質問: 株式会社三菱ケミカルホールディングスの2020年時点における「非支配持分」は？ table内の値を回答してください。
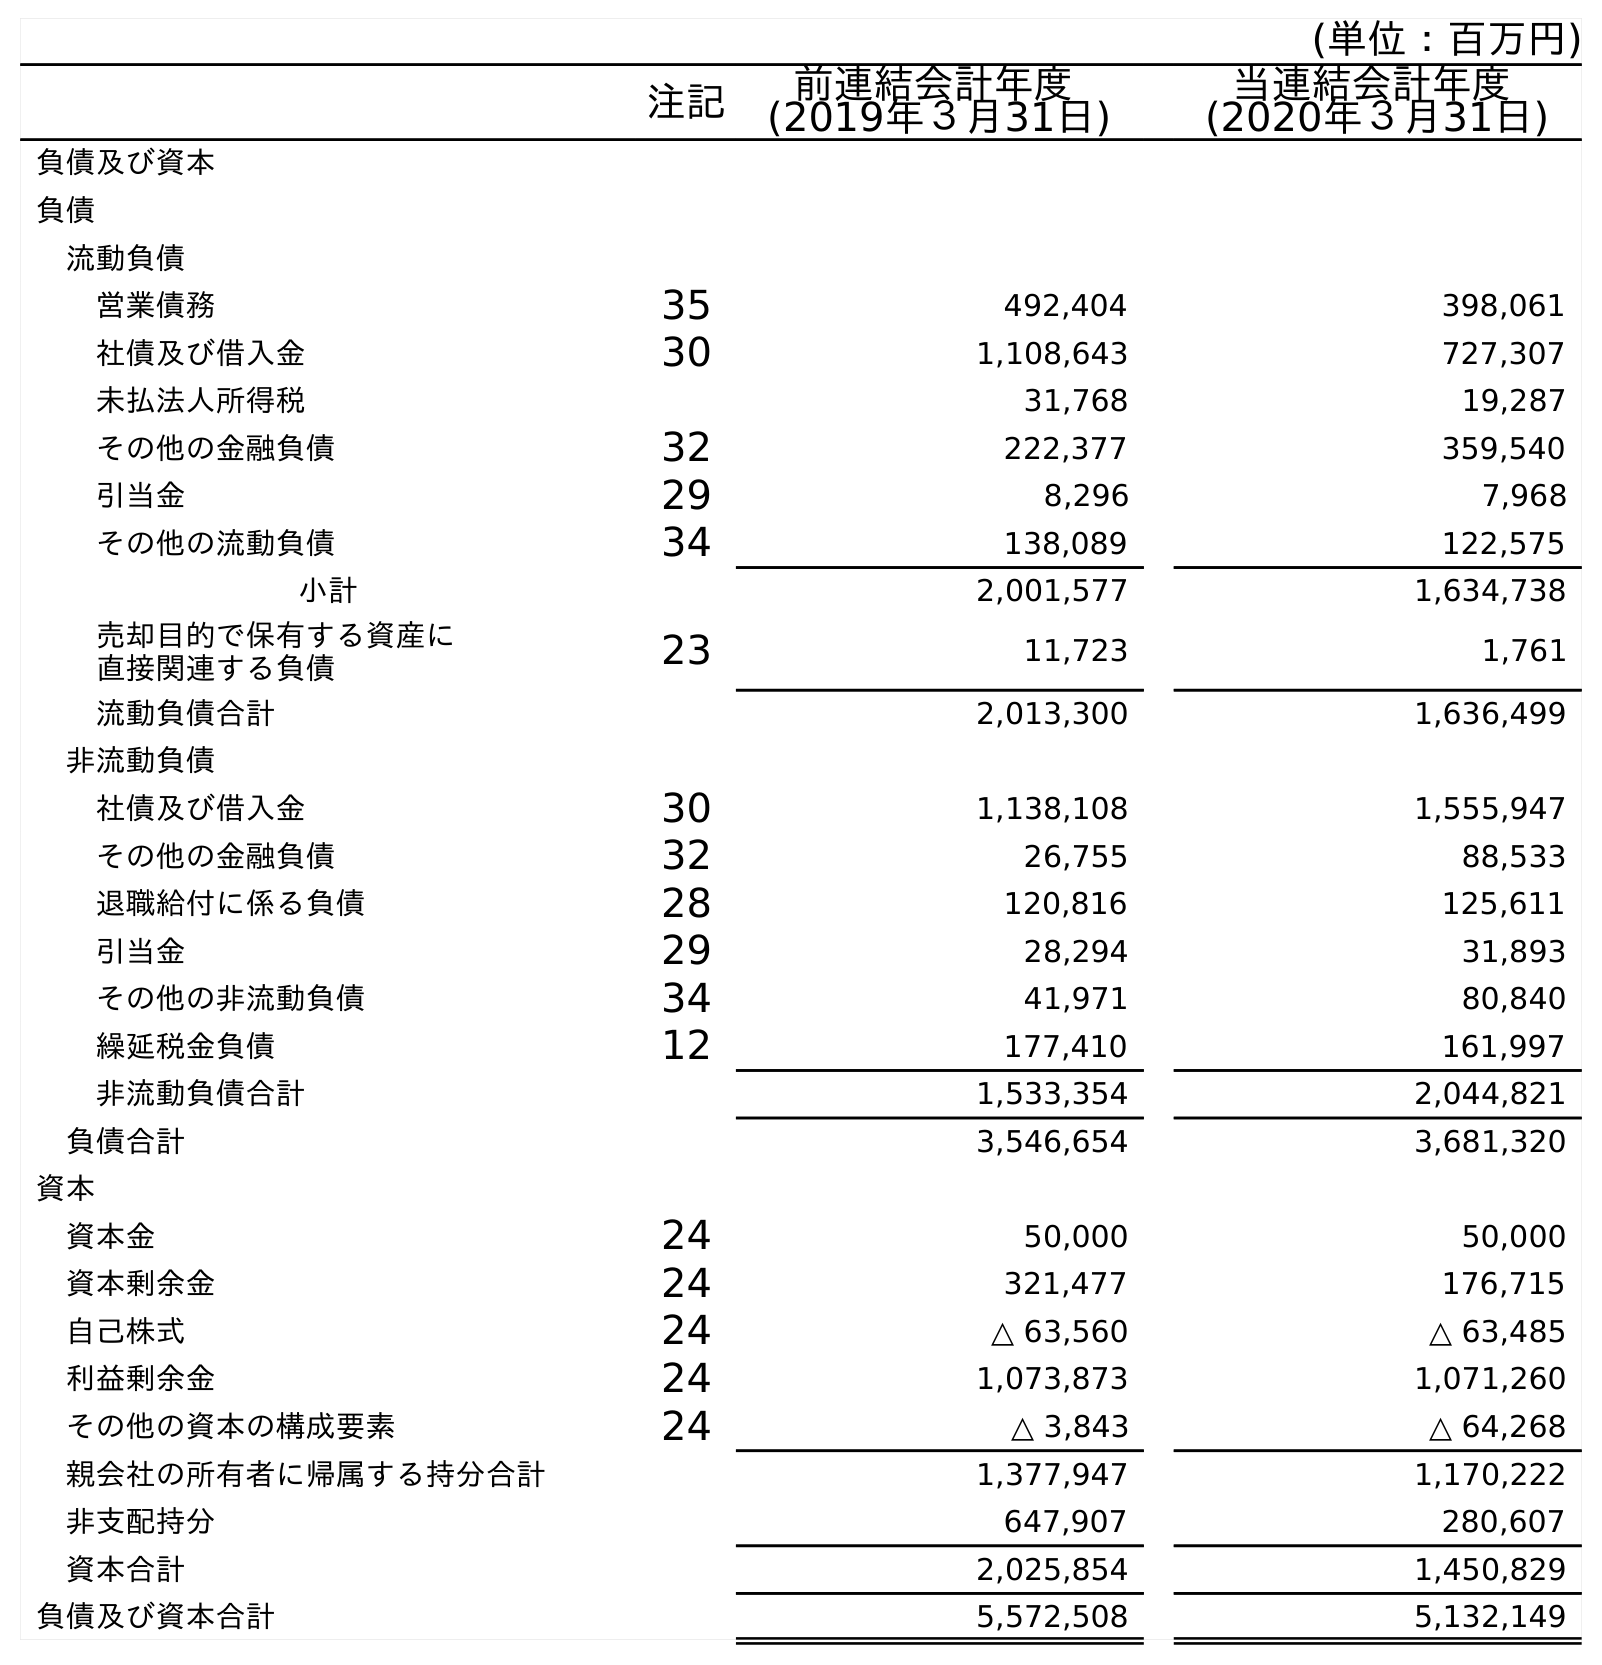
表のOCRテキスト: (単位：百万円) 注記 前連結会計年度 (2019年３月31日) 当連結会計年度 (2020年３月31日) 負債及び資本 負債 流動負債 営業債務 35 492,404 398,061 社債及び借入金 30 1,108,643 727,307 未払法人所得税 31,768 19,287 その他の金融負債 32 222,377 359,540 引当金 29 8,296 7,968 その他の流動負債 34 138,089 122,575 小計 2,001,577 1,634,738 売却目的で保有する資産に 直接関連する負債 23 11,723 1,761 流動負債合計 2,013,300 1,636,499 非流動負債 社債及び借入金 30 1,138,108 1,555,947 その他の金融負債 32 26,755 88,533 退職給付に係る負債 28 120,816 125,611 引当金 29 28,294 31,893 その他の非流動負債 34 41,971 80,840 繰延税金負債 12 177,410 161,997 非流動負債合計 1,533,354 2,044,821 負債合計 3,546,654 3,681,320 資本 資本金 24 50,000 50,000 資本剰余金 24 321,477 176,715 自己株式 24 △ 63,560 △ 63,485 利益剰余金 24 1,073,873 1,071,260 その他の資本の構成要素 24 △ 3,843 △ 64,268 親会社の所有者に帰属する持分合計 1,377,947 1,170,222 非支配持分 647,907 280,607 資本合計 2,025,854 1,450,829 負債及び資本合計 5,572,508 5,132,149
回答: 280,607